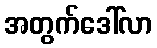
အတွက်ဒေါ်လာ